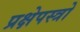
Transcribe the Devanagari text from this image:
प्रक्षेपस्त्रो